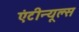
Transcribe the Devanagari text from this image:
एंटीन्यूल्स